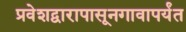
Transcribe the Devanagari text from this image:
प्रवेशद्वारापासूनगावापर्यंत